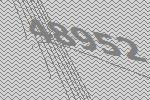
48952